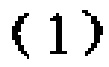
-1